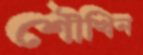
শৌখিন